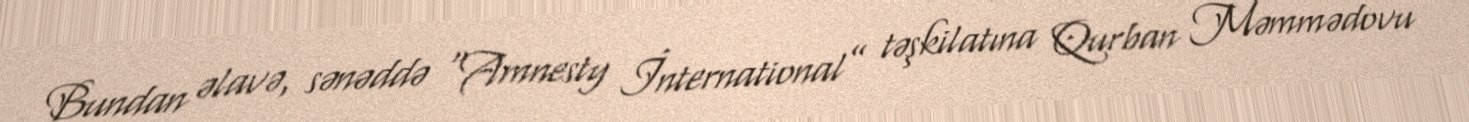
Bundan əlavə, sənəddə “Amnesty İnternational” təşkilatına Qurban Məmmədovu